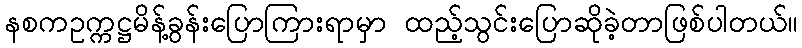
နစကဥက္ကဋ္ဌမိန့်ခွန်းပြောကြားရာမှာ ထည့်သွင်းပြောဆိုခဲ့တာဖြစ်ပါတယ်။